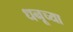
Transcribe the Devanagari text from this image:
धनूच्या